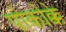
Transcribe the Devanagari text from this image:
पोकोक्के